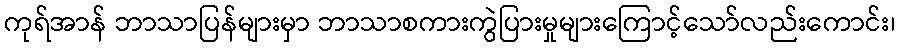
ကုရ်အာန် ဘာသာပြန်များမှာ ဘာသာစကားကွဲပြားမှုများကြောင့်သော်လည်းကောင်း၊